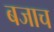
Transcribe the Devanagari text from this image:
बजाच